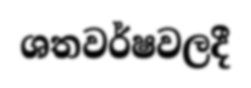
ශතවර්ෂවලදී